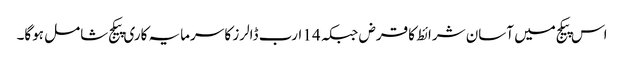
اس پیکج میں آسان شرائط کا قرض جبکہ 14 ارب ڈالرز کا سرمایہ کاری پیکج شامل ہوگا۔